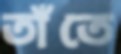
তাঁতে